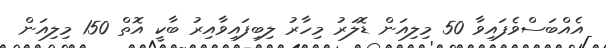
އެއްބަސްވެފައިވާ 50 މިލިއަން ޑޮލަރު މިހާރު ލިބިފައިވާއިރު ބާކީ އޮތް 150 މިލިއަން